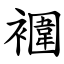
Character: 䙟